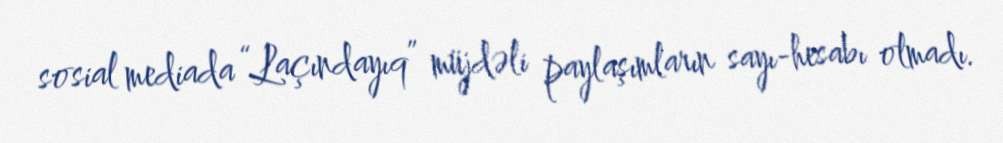
sosial mediada “Laçındayıq” müjdəli paylaşımların sayı-hesabı olmadı.